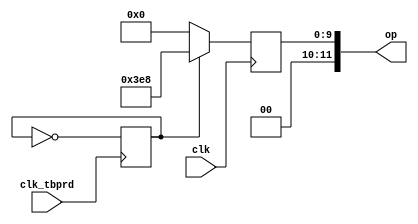
module PRDREG(clk, clk_tbprd, op);
	
input clk;
input clk_tbprd;



output reg [11:0] op;

reg [11:0] reg_max;
reg [11:0] reg_min;
reg change;
integer i;

initial begin
	op<=12'd1000;
	reg_max=12'd1000;
	reg_min=12'd0;
end

always @(negedge clk_tbprd) begin 
	change=~change;
	end
always @(negedge clk) begin
	if( change) begin
		op<=12'd1000;
	end 
	else begin
	op<=12'd0;
	end
end
		

			
endmodule

module comparator (a, b, equal);
    input wire [11:0] a;
    input wire [11:0] b;
    output reg equal;
    

    always @* begin
      if (a<b) begin
        equal = 0;

      end
      else if (a==b) begin
        equal = 1;
		end
      else begin
        equal = 0;

      end
    end
endmodule


module Counter (Clock, Clk_En,Rst,Load,Load_en,Ctr_0,  Q);
     
	input wire Clock;
    input wire Clk_En;
	input wire Rst;
	input wire Load_en;
	input wire [11:0] Load;
	
    output reg Ctr_0;
    output wire [11:0] Q;
	
	reg [11:0] out;
	reg UpDown;
	reg ctr_00;
	
	
	always@(Clock) begin
		if (out<12'd1) begin
			Ctr_0=1;
		end
		else begin
			Ctr_0=0;	
		end
	end
	

	
always @(posedge Clock) begin
		
	if(Clk_En) begin
		if (UpDown)
			out <= out-1;
		else 
			out  <= out+1;
							
		if (out> 12'd998) begin
			UpDown=1;
		end
		if (out< 12'd2)begin
			UpDown=0;
		end
	end
		else  begin
			out<=out;	
		end
			
			
	if( Rst) begin
		out<=12'd0;
	UpDown=0;
		
	end

			
			
	if( Load_en) begin
		out<=Load;
	
	end

end
	

  assign Q=out;

endmodule